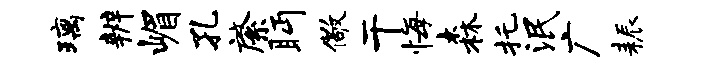
璃辨嵋孔綮眄儆干悔森托泯广耨